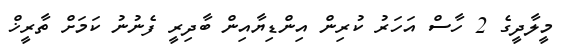
މީލާދީގެ 2 ހާސް އަހަރު ކުރިން އިންޑިޔާއިން ބާދިރީ ފެނުނު ކަމަށް ތާރީޚް